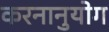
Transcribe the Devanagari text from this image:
करनानुयोग